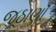
જૂઠાણાઁ